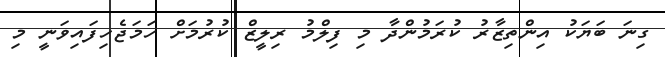
ގިނަ ބަޔަކު އިންތިޒާރު ކުރަމުންދާ މި ފިލްމު ރިލީޒް ކުރުމަށް ހަމަޖެހިފައިވަނީ މި